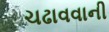
ચઢાવવાની